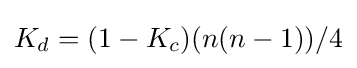
K_{d}=(1-K_{c})(n(n-1))/4